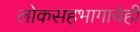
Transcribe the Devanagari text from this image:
लोकसहभागाचेही